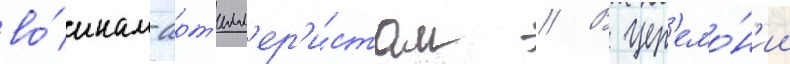
во́инам-арт'илл'ер'и́стам // В цер'емо́н'ии